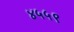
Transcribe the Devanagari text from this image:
४५५९